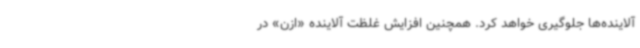
آلاینده‌ها جلوگیری خواهد کرد. همچنین افزایش غلظت آلاینده «ازن» در